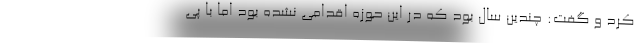
کرد و گفت: چندین سال بود که در این حوزه اقدامی نشده بود اما با پی